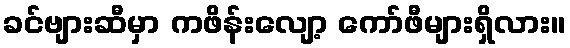
ခင်ဗျားဆီမှာ ကဖိန်းလျော့ ကော်ဖီများရှိလား။